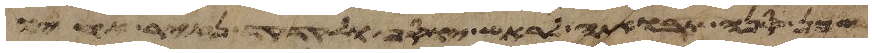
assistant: שכן סנה תבואתה לראש יוסף ולקדקד נזיר אחיו